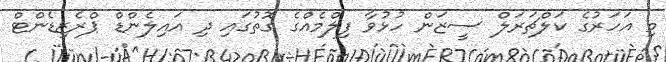
މި އަހަރުގެ ކަލްޗަރަލް ސީޒަން ހުޅުވާ ފިލްމެއްގެ ގޮތުގައި ދި އައިލެންޑް ޕްރެޒިޑެންޓް